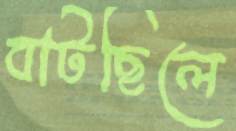
বাটছিলে